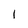
Character: I